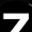
Digit: 7